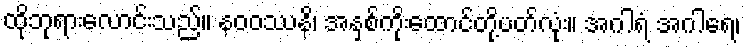
ထိုဘုရားလောင်းသည်။ နဝဝဿနိ၊ အနှစ်ကိုးထောင်တို့ပတ်လုံး။ အဂါရံ အဂါရေ၊